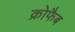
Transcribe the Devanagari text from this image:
क्रोफैब